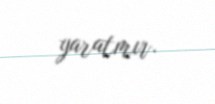
yaratmır.